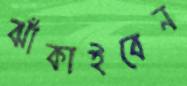
ঝাঁকাইবেন